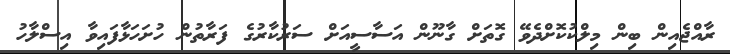
ރާއްޖެއިން ބިން މިލްކުކޮށްދެވޭ ގޮތަށް ގާނޫން އަސާސީއަށް ސަރުކާރުގެ ފަރާތުން ހުށަހަޅާފައިވާ އިސްލާހު